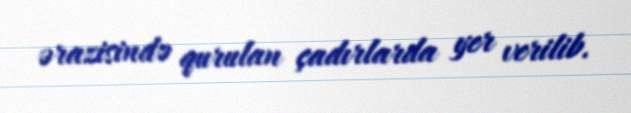
ərazisində qurulan çadırlarda yer verilib.